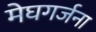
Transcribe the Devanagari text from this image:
मेघगर्जना